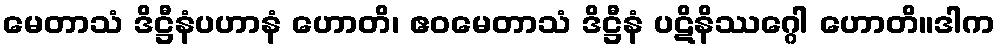
မေတာသံ ဒိဋ္ဌီနံပဟာနံ ဟောတိ၊ ဧဝမေတာသံ ဒိဋ္ဌီနံ ပဋိနိဿဂ္ဂေါ ဟောတိ။ဒါက